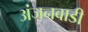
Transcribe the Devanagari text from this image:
अंजनवाडी